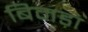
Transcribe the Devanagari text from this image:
बिमड़ा